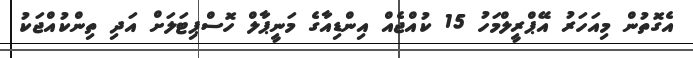
އެގޮތުން މިއަހަރު އޭޕްރީލްމަހު 15 ކުއްޖެއް އިންޑިއާގެ މަނީޕާލް ހޮސްޕިޓަލަށް އަދި ތިންކުއްޖަކު